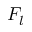
F _ { l }